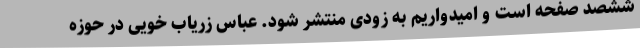
ششصد صفحه است و امیدواریم به زودی منتشر شود. عباس زریاب‌ خویی در حوزه